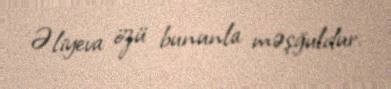
Əliyeva özü bununla məşğuldur.